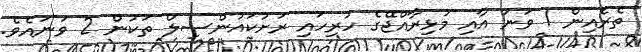
ތެރެއިން 1 ވަނަ އާއި މުޅިރާއްޖޭގެ ހުރިހައި ރަށުކައުންސިލް ތަކުން 2 ވަނައެވެ.